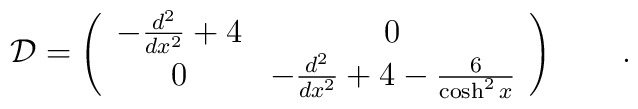
{\cal D}= \left( \begin{array}{cc} -\frac{d^2}{dx^2}+4 &  0\\ 0 &-\frac{d^2}{dx^2}+4-\frac{6}{\cosh^2x}\end{array} \right)\qquad .